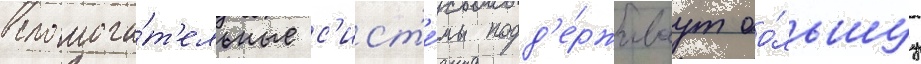
вспомога́т'ельные с'ист'е́мы подд'е́рживаут бо́льшуу